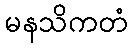
မနသိကတံ